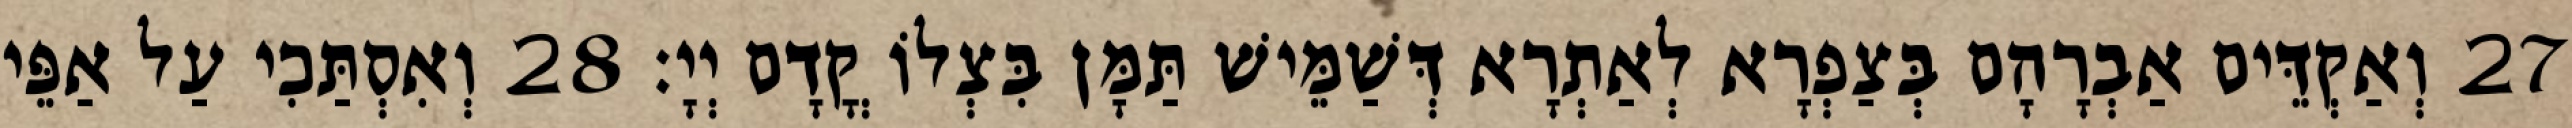
27 וְאַקְדֵּים אַבְרָהָם בְּצַפְרָא לְאַתְרָא דְּשַׁמֵּישׁ תַּמָּן בִּצְלוֹ קֳדָם יְיָ׃ 28 וְאִסְתַּכִי עַל אַפֵּי